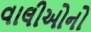
વાલીઓનો